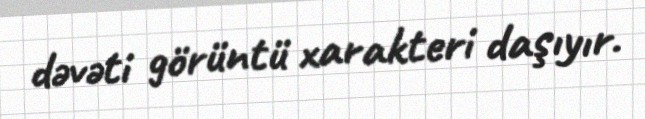
dəvəti görüntü xarakteri daşıyır.